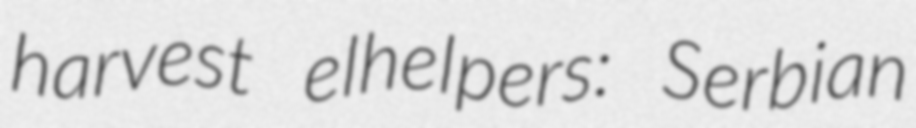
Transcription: harvest elhelpers: Serbian